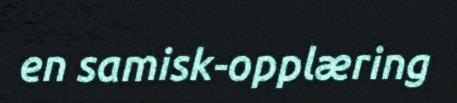
en samisk-opplæring